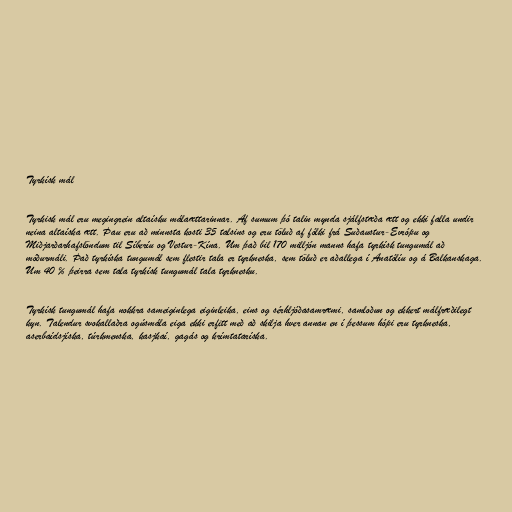
Tyrkísk mál

Tyrkisk mál eru megingrein altaísku málaættarinnar. Af sumum þó talin mynda sjálfstæða ætt og ekki falla undir
neina altaíska ætt. Þau eru að minnsta kosti 35 talsins og eru töluð af fólki frá Suðaustur-Evrópu og
Miðjarðarhafslöndum til Síberíu og Vestur-Kína. Um það bil 170 milljón manns hafa tyrkísk tungumál að
móðurmáli. Það tyrkíska tungumál sem flestir tala er tyrkneska, sem töluð er aðallega í Anatólíu og á Balkanskaga.
Um 40 % þeirra sem tala tyrkísk tungumál tala tyrknesku.

Tyrkísk tungumál hafa nokkra sameiginlega eiginleika, eins og sérhljóðasamræmi, samloðun og ekkert málfræðilegt
kyn. Talendur svokallaðra ogúsmála eiga ekki erfitt með að skilja hver annan en í þessum hópi eru tyrkneska,
aserbaídsjíska, túrkmenska, kasjkaí, gagás og krímtataríska.